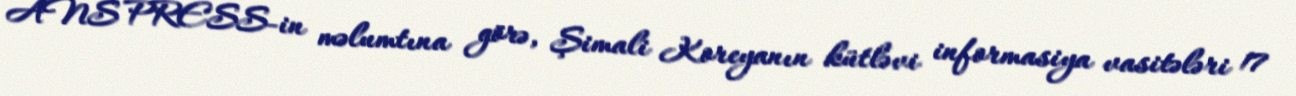
ANS PRESS-in məlumtına görə, Şimali Koreyanın kütləvi informasiya vasitələri 17